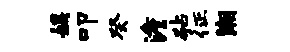
娱叩癸澹砧征潮